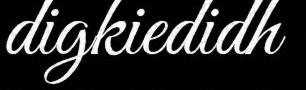
digkiedidh